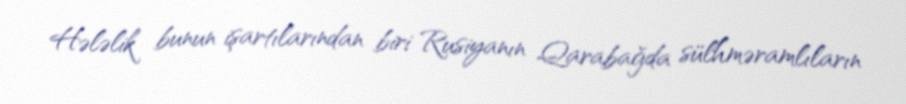
Hələlik bunun işartılarından biri Rusiyanın Qarabağda sülhməramlıların